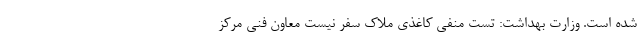
شده است. وزارت بهداشت: تست منفی کاغذی ملاک سفر نیست معاون فنی مرکز